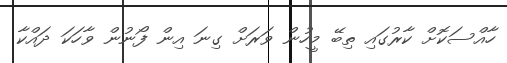
ހާއްސަކޮށް ކާރުގައި ތިބޭ މީހުން ވަރަށް ގިނަ އިން ފޯނުން ވާހަކަ ދައްކާ